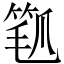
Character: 𬋰